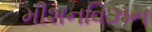
મીશનવિઝન